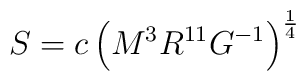
S= c\left ( M^3R^{11}G^{-1 } \right )^{1 \over 4}